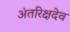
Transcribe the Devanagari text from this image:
अंतरिक्षदेव